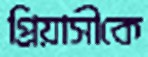
প্রিয়াসীকে